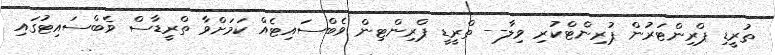
ތުރީޑި ޕްރިންޓަރުން ޕުރިންޓްކުރި ވިލާ-- ތްރީޑީ ޕްރިންޓިން ވެބްސައިޓެއް ކަމަށްވާ ތްރީޑާސް ވެބްސައިޓުގައި